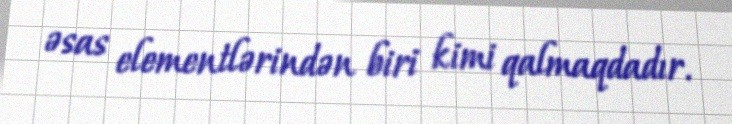
əsas elementlərindən biri kimi qalmaqdadır.